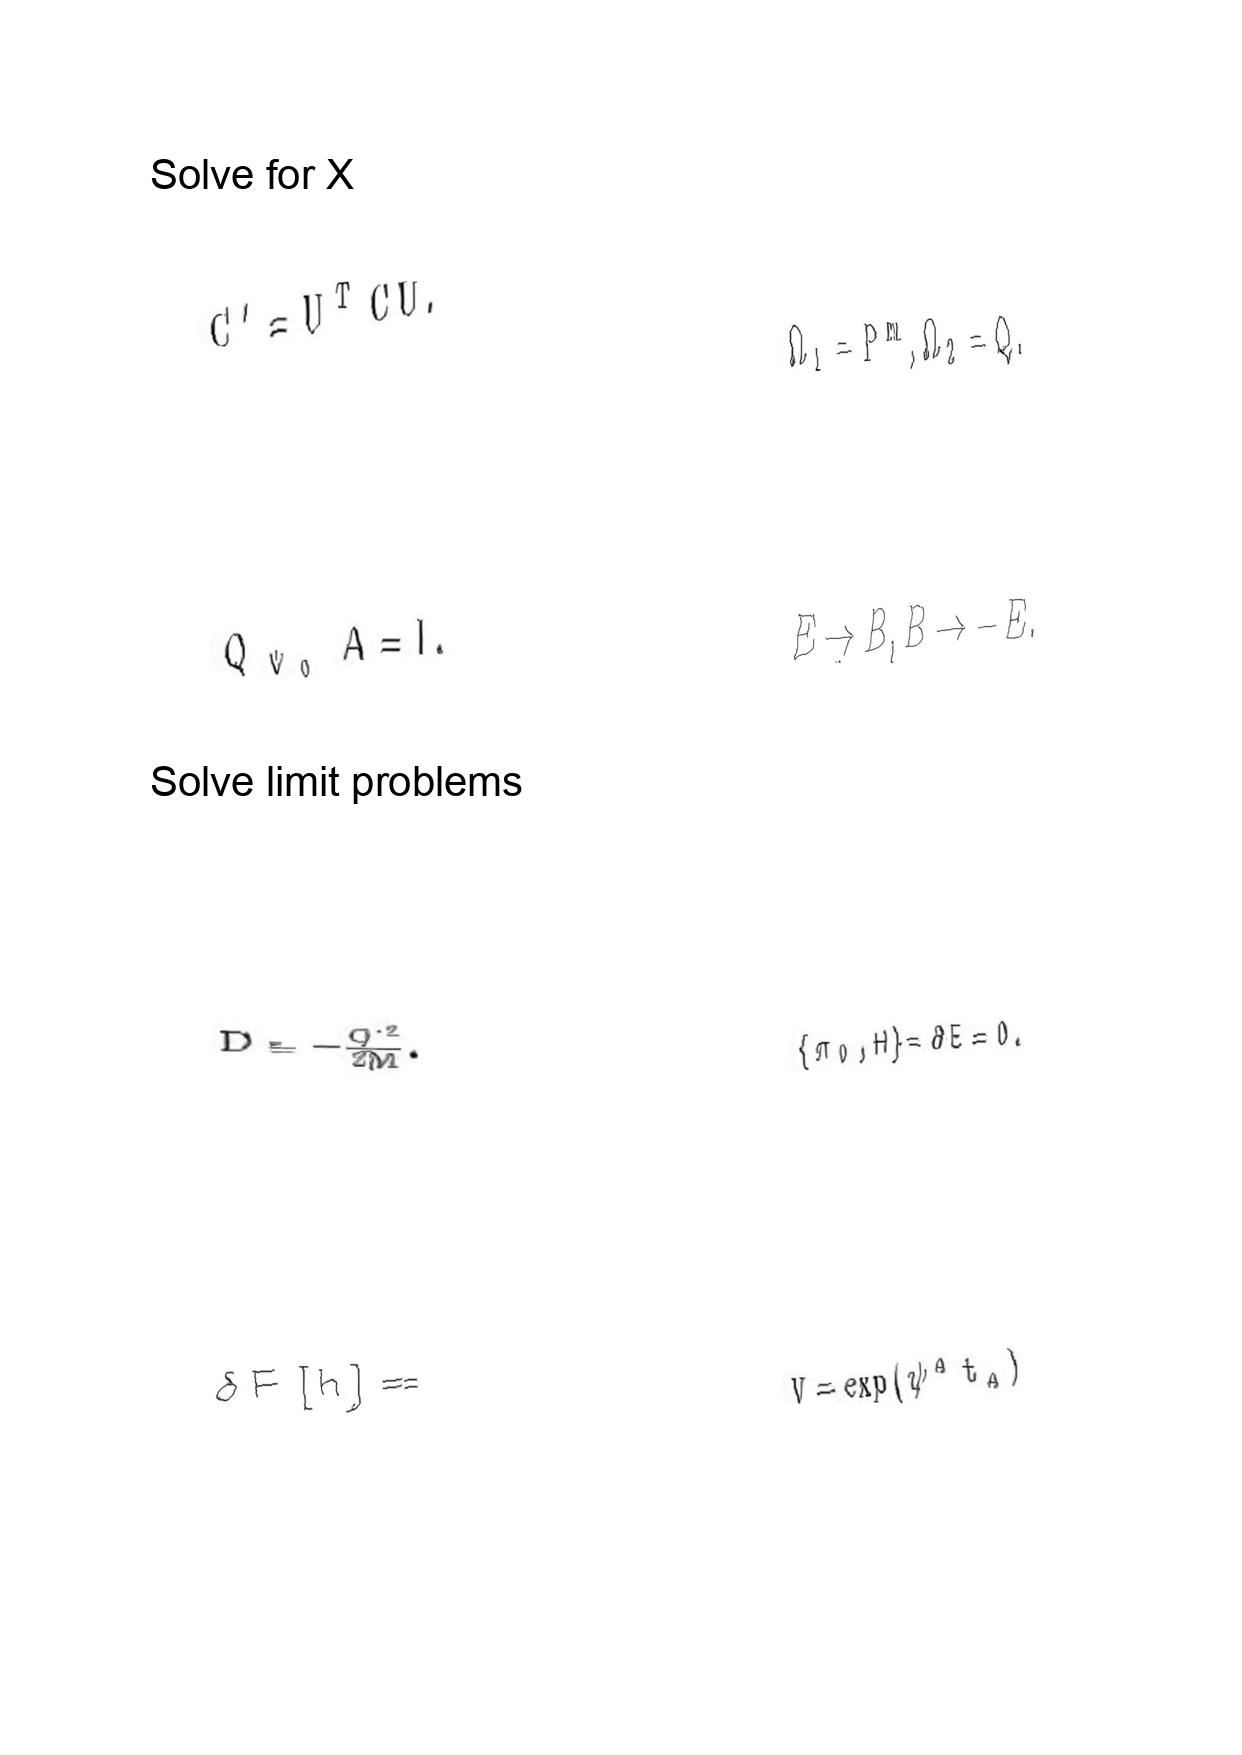
LaTeX transcription:
C ^ { \prime } = U ^ { T } C U .
Q _ { \Psi _ { 0 } } A = I .
D = - \frac { Q ^ { \ast 2 } } { 2 M } .
\delta F \lbrack h \rbrack =
\Omega _ { 1 } = P ^ { m } , \Omega _ { 2 } = Q .
E \rightarrow B , B \rightarrow - E .
\lbrace \pi _ { 0 } , H \rbrace = \partial E = 0 .
V = \exp \lparen \psi ^ { A } t _ { A } \rparen